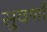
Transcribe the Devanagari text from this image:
सुवर्णां